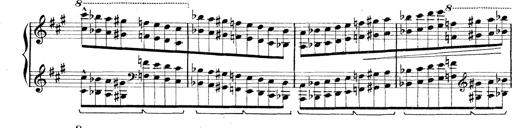
Title: Rapsodie: 19 ungheresi, 1 spagnuola
Composer: Franz Liszt